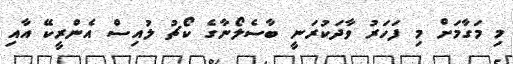
މި މަގާމަށް މި ފަހަރު ވާދަކުރަނީ ބާސެލޯނާގެ ކޯޗު ލުއިސް އެންރީކޭ އާއި